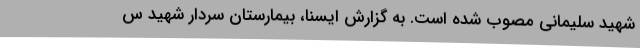
شهید سلیمانی مصوب شده است. به گزارش ایسنا، بیمارستان سردار شهید س